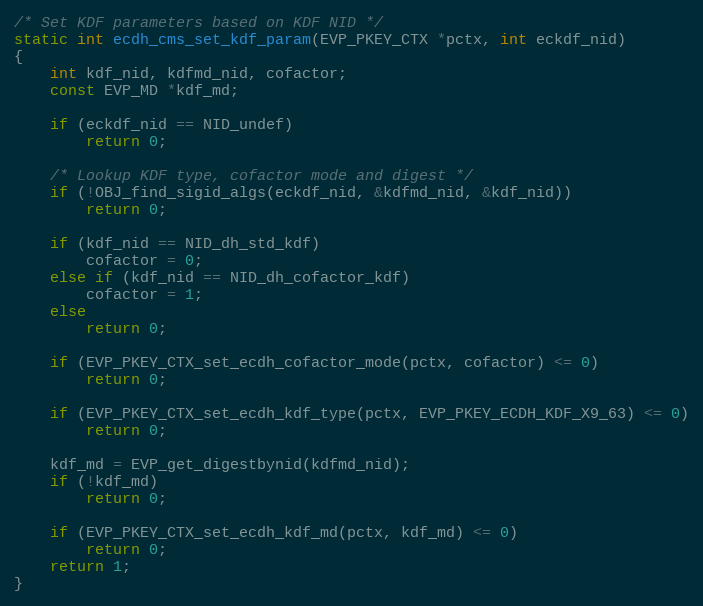
Language: C
/* Set KDF parameters based on KDF NID */
static int ecdh_cms_set_kdf_param(EVP_PKEY_CTX *pctx, int eckdf_nid)
{
    int kdf_nid, kdfmd_nid, cofactor;
    const EVP_MD *kdf_md;

    if (eckdf_nid == NID_undef)
        return 0;

    /* Lookup KDF type, cofactor mode and digest */
    if (!OBJ_find_sigid_algs(eckdf_nid, &kdfmd_nid, &kdf_nid))
        return 0;

    if (kdf_nid == NID_dh_std_kdf)
        cofactor = 0;
    else if (kdf_nid == NID_dh_cofactor_kdf)
        cofactor = 1;
    else
        return 0;

    if (EVP_PKEY_CTX_set_ecdh_cofactor_mode(pctx, cofactor) <= 0)
        return 0;

    if (EVP_PKEY_CTX_set_ecdh_kdf_type(pctx, EVP_PKEY_ECDH_KDF_X9_63) <= 0)
        return 0;

    kdf_md = EVP_get_digestbynid(kdfmd_nid);
    if (!kdf_md)
        return 0;

    if (EVP_PKEY_CTX_set_ecdh_kdf_md(pctx, kdf_md) <= 0)
        return 0;
    return 1;
}